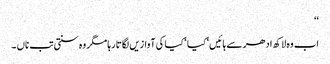
‘‘
اب وہ لاکھ ادھر سے ہائیں‘ کیا ‘ کیا کی آوازیں لگاتا رہا مگر وہ سنتی تب ناں ۔